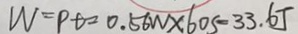
W = P t = 0 . 5 6 W \times 6 0 5 = 3 3 . 6 J